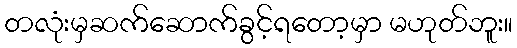
တလုံးမှဆက်ဆောက်ခွင့်ရတော့မှာ မဟုတ်ဘူး။